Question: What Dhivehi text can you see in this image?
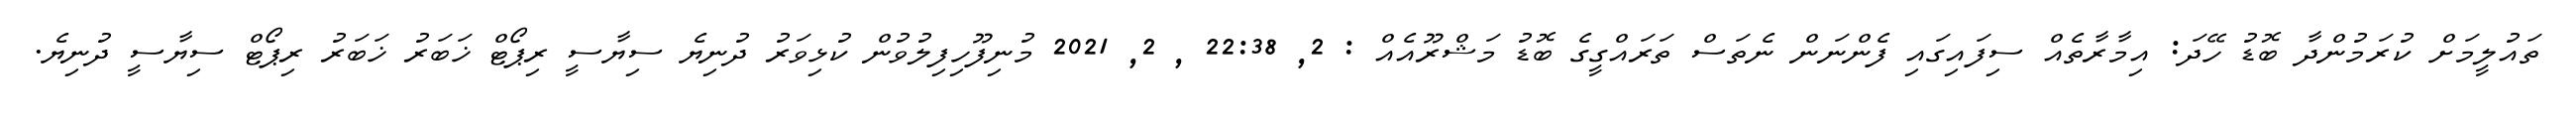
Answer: ތައުލީމަށް ކުރަމުންދާ ބޮޑު ހޭދަ: އިމާރާތެއް ސިފައިގައި ފެންނަން ނެތަސް ތަރައްގީގެ ބޮޑު މަޝްރޫއެއް : 2, 22:38 , 2, 2021 މުނިފޫހިފިލުވުން ކުޅިވަރު ދުނިޔެ ސިޔާސީ ރިޕޯޓް ޚަބަރު ޚަބަރު ރިޕޯޓް ސިޔާސީ ދުނިޔެ.